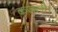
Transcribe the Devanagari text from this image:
कजली।